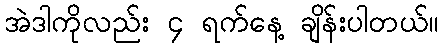
အဲဒါကိုလည်း ၄ ရက်နေ့ ချိန်းပါတယ်။